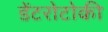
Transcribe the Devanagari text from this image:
डेंटरोटोकी